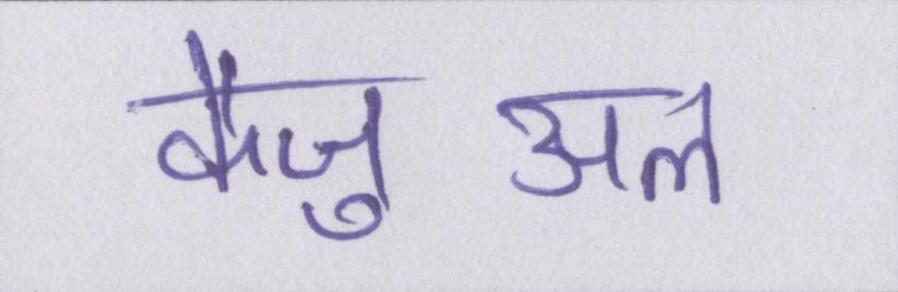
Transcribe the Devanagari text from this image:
कैज़ुअल